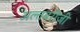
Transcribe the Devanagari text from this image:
अल्तबरीज़ी